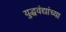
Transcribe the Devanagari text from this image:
युद्धवंद्यांच्या